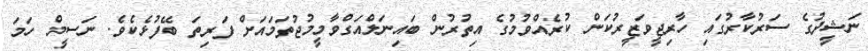
ނަޝީދުގެ ސަރުކާރުގައި ހާރިޖީވަޒީރުކަން ކުރެއްވުމުގެ އިތުރުން ބައިނަލްއަގްވާމީމުޖުތަމައަށް ފަރިތަ ބޭފުޅެކެވެ. ނަސީމް ހަމަ